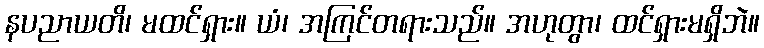
နပညာယတိ၊ မထင်ရှား။ ယံ၊ အကြင်တရားသည်။ အဟုတွာ၊ ထင်ရှားမရှိဘဲ။